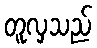
တူလှသည်